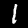
Digit: 1